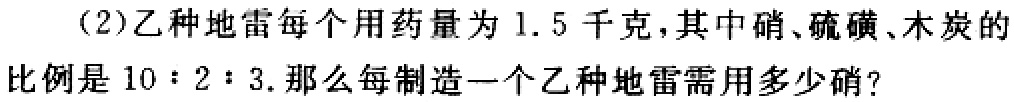
(2)乙种地雷每个用药量为1.5千克，其中硝、硫磺、木炭的比例是10：2：3.那么每制造一个乙种地雷需用多少硝?